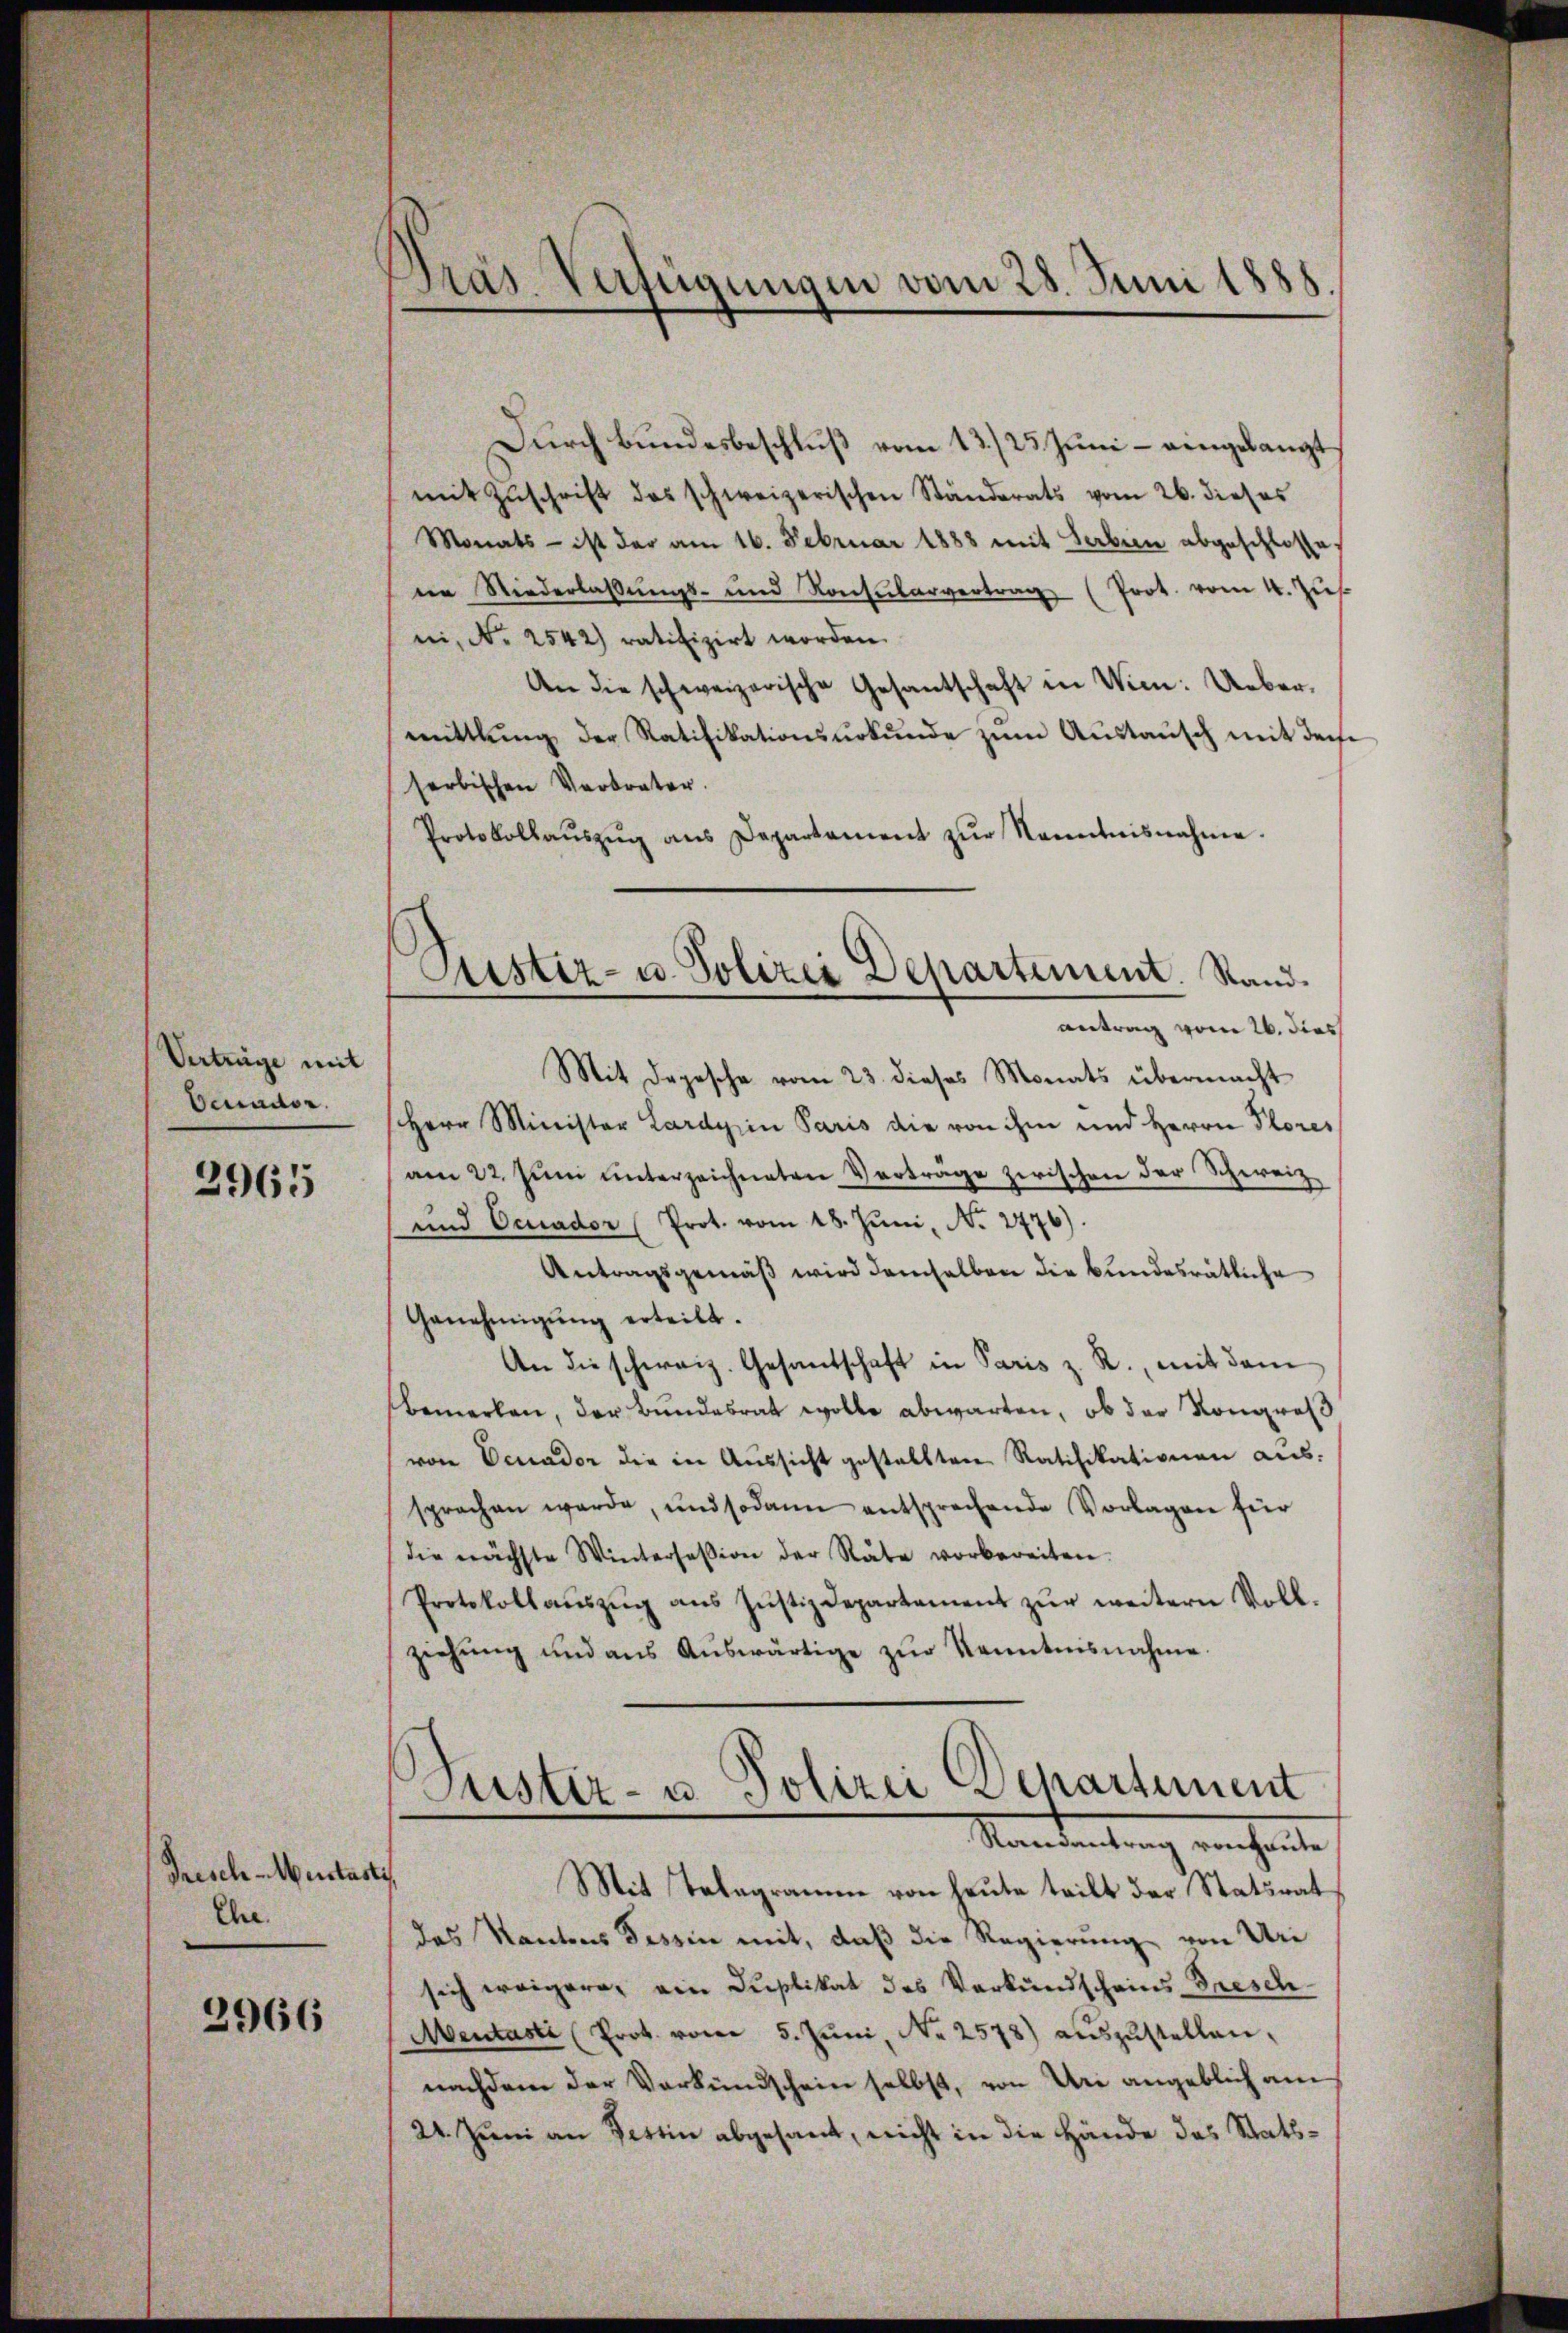
Verträge mit
Venndor

2965

Frisch-Muctast
Ehe.

2966

Gras Verfügungen vom 28. Juni 1885.

Durch Bundesbeschluß vom 13./23. Juni – eingelangt,
mit Zŭschrift das schweizerischen Ständerats vom 26. dieses
Monats - ist der am 16. Februar 1888 mit Serbien abgeschlosse
ne Niederlassŭngs- und Konsularvertrag (Prot. vom 4. Zŭs
ni, N. 2542) ratifizirt worden.
An die schweizerische Gesantschaft in Wien: Ueber-
mittlung der Ratifikationsŭrkŭnde zŭm Aŭstaŭsch mit derse
serbischen Verbrater.
Protokollaŭszŭg ans Departament zŭr Kenntnisnahme.
Herr Minister Lardy in Paris die von ihm und Herrn Pores
am 22. Juni unterzeichneten Vertrage zwischen der Schweiz.
und Oceador (Prot. vom 18. Juni, N. 2776).
Antragsgemäß wird demselben die bundesrätliche
Genehmigŭng erteilt.
An die schweiz. Gesandschaft in Paris z. R., mit dem
bemerken, der Bundesrat wolle abwarten, ob der Kongreß
von Venador die in Aussicht gestellten Ratifikationen aus
sprachen werde, und sodann entsprechende Vorlagen für
die nächste Wintersession der Rate vorbereiten.
Protokollaŭszŭg aŭs Jŭstizdepartament zŭr weitern Voll-
ziehŭng und ans Aŭswärtige zŭr Kenntnisnahme.
Suster- u Polizei Departement
Mandantung verheite
a
Mit Telegramm von heute teilt der Staturat
das Kantons Tessin mit, daß die Regierung von Uri
sich weigere, ein Duplikat des Verkündscheins-Tresch
Meutasti (Prot. vom 5. Jŭni Nr. 2578) aŭszŭstellen,
nachdem der Verkündschein selbst, von Uri angeblich am
24. Juni an Fertin abgesant, nicht in die Hände des Stats¬

Justiz- u. Polizei Departement. Stand
antrag vom 26. dies
Mit Depesche vom 23. dieses Monats übermacht